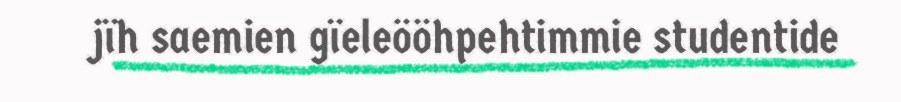
jïh saemien gïeleööhpehtimmie studentide